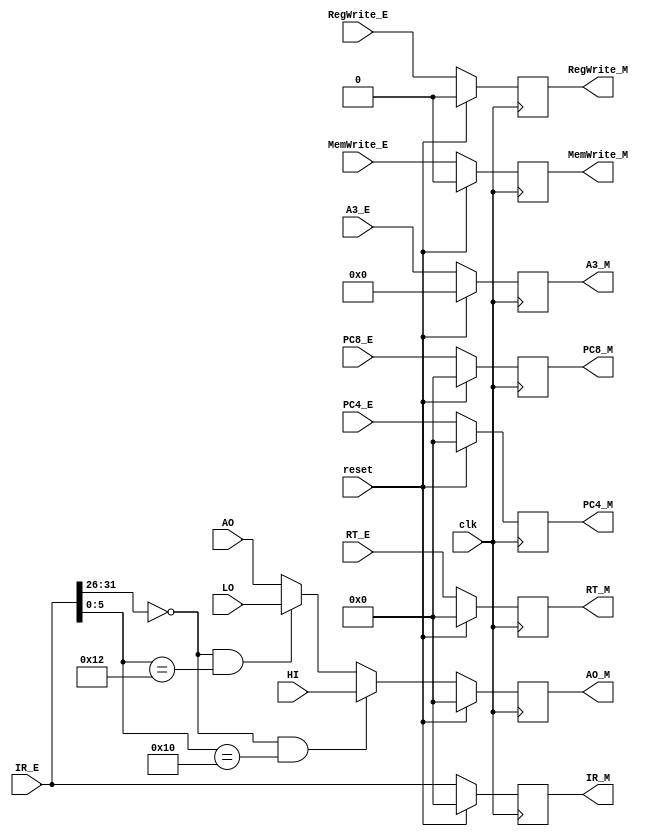
`timescale 1ns / 1ps
`define special 6'b000000
`define mfhi    6'b010000
`define mflo    6'b010010
//////////////////////////////////////////////////////////////////////////////////
// Company: 
// Engineer: 
// 
// Design Name: 
// Module Name:    M_pipe 
// Project Name: 
// Target Devices: 
// Tool versions: 
// Description: 
//
// Dependencies: 
//
// Revision: 
// Revision 0.01 - File Created
// Additional Comments: 
//
//////////////////////////////////////////////////////////////////////////////////
module M_pipe(
    input clk,
	 input reset,
    input [31:0] IR_E,
    input [31:0] PC4_E,
    input [31:0] PC8_E,
	 input [4:0] A3_E,
    input [31:0] AO,
	 input [31:0] HI,
	 input [31:0] LO,
    input [31:0] RT_E,
	 input RegWrite_E,
	 input MemWrite_E,
    output reg [31:0] IR_M,
    output reg [31:0] PC4_M,
    output reg [31:0] PC8_M,
	 output reg [4:0] A3_M,
    output reg [31:0] AO_M,
    output reg [31:0] RT_M,
	 output reg RegWrite_M,
	 output reg MemWrite_M	 
    );
	 
	 initial begin
		IR_M <= 32'b0;
		PC4_M <= 32'b0;
		PC8_M <= 32'b0;
		A3_M <= 5'b0;
		AO_M <= 32'b0;
		RT_M <= 32'b0;
		RegWrite_M <= 1'b0;
		MemWrite_M <= 1'b0;
	 end
	 
	 always @(posedge clk) begin
		 if(reset) begin
			IR_M <= 32'b0;
			PC4_M <= 32'b0;
			PC8_M <= 32'b0;
			A3_M <= 5'b0;
			AO_M <= 32'b0;
			RT_M <= 32'b0;
			RegWrite_M <= 1'b0;
			MemWrite_M <= 1'b0;
		 end
		 else begin
			IR_M <= IR_E;
			PC4_M <= PC4_E;
			PC8_M <= PC8_E;
			A3_M <= A3_E;
			
			if(IR_E[31:26]==`special && IR_E[5:0]==`mfhi) AO_M <= HI;
			else if(IR_E[31:26]==`special && IR_E[5:0]==`mflo) AO_M <= LO;
			else AO_M <= AO;
			
			RT_M <= RT_E;
			RegWrite_M <= RegWrite_E;
			MemWrite_M <= MemWrite_E;
		 end
	 end
	 
endmodule